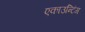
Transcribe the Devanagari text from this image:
एकाउन्टिंग